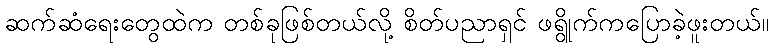
ဆက်ဆံရေးတွေထဲက တစ်ခုဖြစ်တယ်လို့ စိတ်ပညာရှင် ဖရွိုက်ကပြောခဲ့ဖူးတယ်။